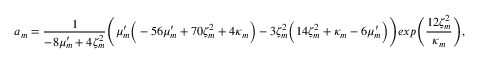
a _ { m } = \frac { 1 } { - 8 \mu _ { m } ^ { \prime } + 4 \zeta _ { m } ^ { 2 } } \Bigg ( \mu _ { m } ^ { \prime } \Big ( - 5 6 \mu _ { m } ^ { \prime } + 7 0 \zeta _ { m } ^ { 2 } + 4 \kappa _ { m } \Big ) - 3 \zeta _ { m } ^ { 2 } \Big ( 1 4 \zeta _ { m } ^ { 2 } + \kappa _ { m } - 6 \mu _ { m } ^ { \prime } \Big ) \Bigg ) e x p \Bigg ( \frac { 1 2 \zeta _ { m } ^ { 2 } } { \kappa _ { m } } \Bigg ) ,